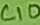
Text: C10